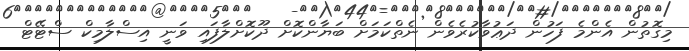
މިގޮތުން އެންމެ ފަހުން ދަޢުވާކުރެވެން ނެތްކަމަށް ބަޔާންކޮށް ދޫކޮށްލާފައި ވަނީ އިސްލާމިކް ސްޓޭޓް